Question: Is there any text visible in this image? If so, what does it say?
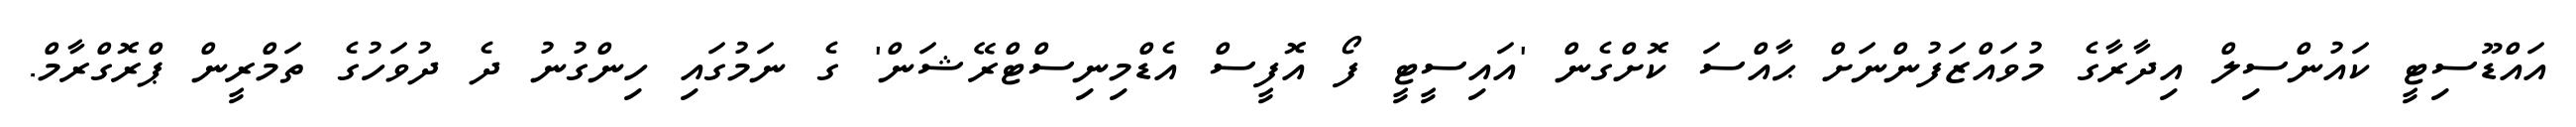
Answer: އައްޑޫސިޓީ ކައުންސިލް އިދާރާގެ މުވައްޒަފުންނަށް ޙާއްސަ ކޮށްގެން 'އައިސީޓީ ފޯ އޮފީސް އެޑްމިނިސްޓްރޭޝަން' ގެ ނަމުގައި ހިންގުނު ދެ ދުވަހުގެ ތަމްރީން ޕްރޮގްރާމް.